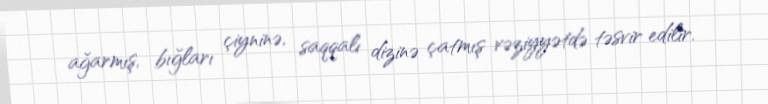
ağarmış, bığları çiyninə, saqqalı dizinə çatmış vəziyyətdə təsvir edilir.